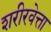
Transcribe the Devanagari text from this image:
शरीरवेत्ता